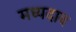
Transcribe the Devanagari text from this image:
मध्यदाब